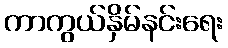
ကာကွယ်နှိမ်နင်းရေး